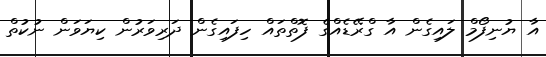
އާ ޔުނިފޯމް ލައިގެން އާ ގްރޭޑެއްގެ ފޮތްތައް ހިފައިގެން ދަރިވަރުން ކިޔަވަން ނުކުތް